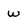
Character: w